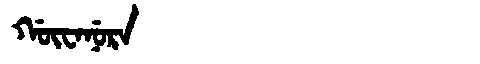
Manchu: ᡤᡡᠸᠠᠨᡠᡵᠠ
Romanization: GŪWANURA